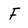
Character: f